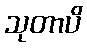
သုတာပိ